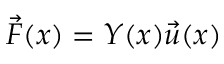
\vec { F } ( x ) = Y ( x ) \vec { u } ( x )